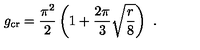
g _ { \mathrm { c r } } = \frac { \pi ^ { 2 } } { 2 } \left( 1 + \frac { 2 \pi } { 3 } \sqrt { \frac { r } { 8 } } \right) \ .